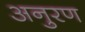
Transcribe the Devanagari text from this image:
अनुरण